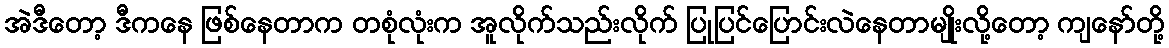
အဲဒီတော့ ဒီကနေ ဖြစ်နေတာက တစုံလုံးက အူလိုက်သည်းလိုက် ပြုပြင်ပြောင်းလဲနေတာမျိုးလို့တော့ ကျနော်တို့